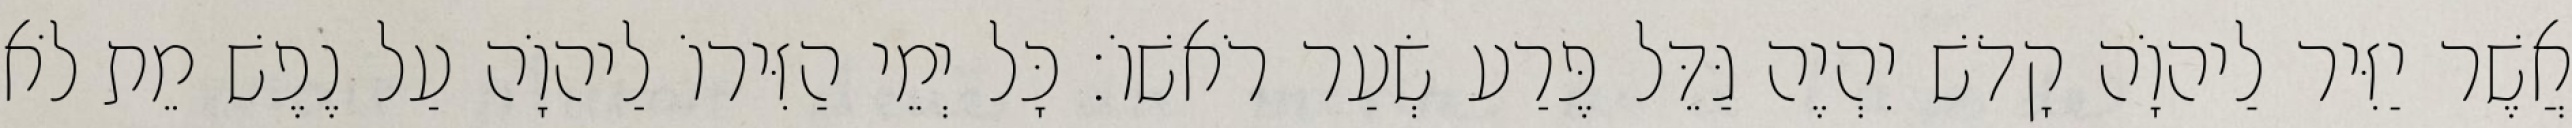
אֲשֶׁר יַזִּיר לַיהוָֹה קָדֹשׁ יִהְיֶה גַּדֵּל פֶּרַע שְׂעַר רֹאשׁוֹ׃ כָּל יְמֵי הַזִּירוֹ לַיהוָֹה עַל נֶפֶשׁ מֵת לֹא